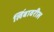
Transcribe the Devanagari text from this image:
लिंबावरील